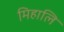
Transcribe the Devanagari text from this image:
मिहालि